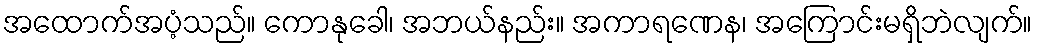
အထောက်အပံ့သည်။ ကောနုခေါ၊ အဘယ်နည်း။ အကာရဏေန၊ အကြောင်းမရှိဘဲလျက်။